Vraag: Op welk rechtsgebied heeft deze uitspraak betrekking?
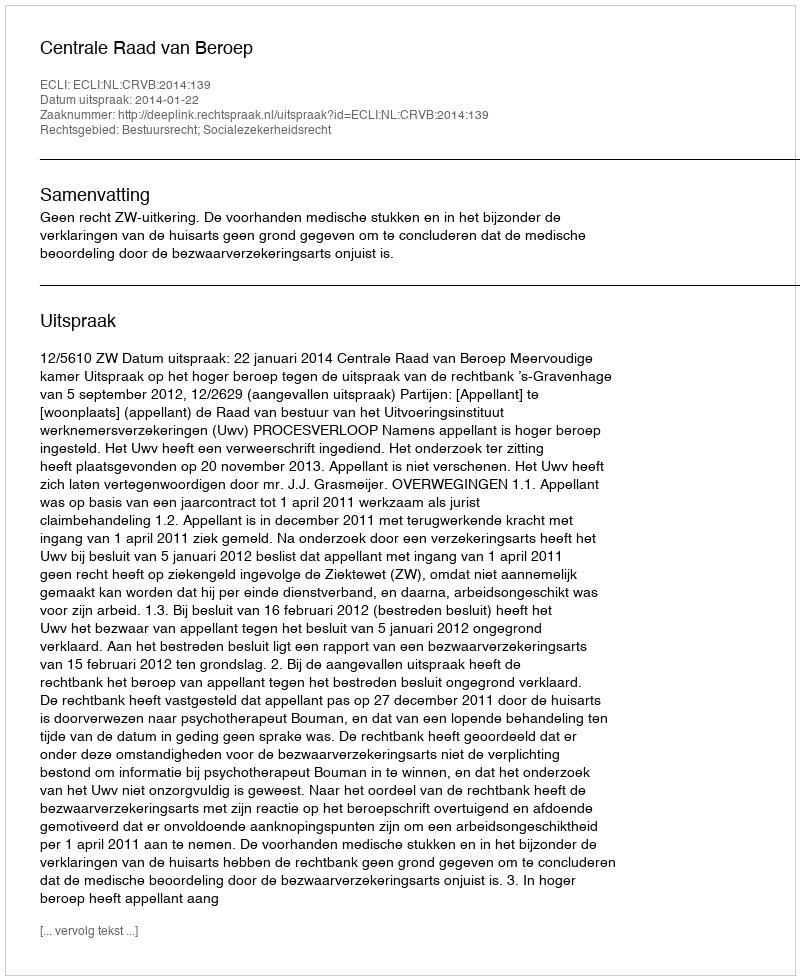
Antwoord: Bestuursrecht; Socialezekerheidsrecht